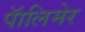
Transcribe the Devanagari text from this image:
पॅालिमेर